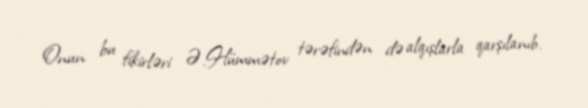
Onun bu fikirləri Ə.Hümmətov tərəfindən də alqışlarla qarşılanıb.